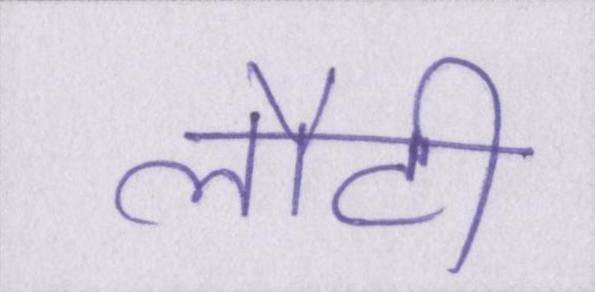
लौटी